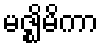
မဇ္ဈိမိကာ